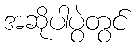
အဆိုပါပွဲတွင်